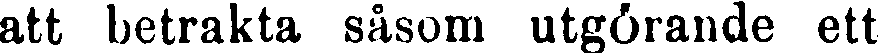
att betrakta såsom utgörande ett-